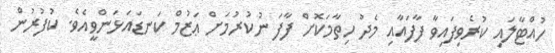
ހުއްޓާލައި ކުރެވިފައިވާ ފާފައާއި މެދު ހިތާމަކޮށް ފާފަ ނުކުރުމަށް ޢަޒުމް ކަނޑައަޅަންވީއެވެ. ކުފުރުން